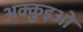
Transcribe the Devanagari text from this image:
अक्क़ुइओ